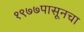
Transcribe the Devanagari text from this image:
१९७७पासूनचा